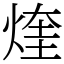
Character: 煃